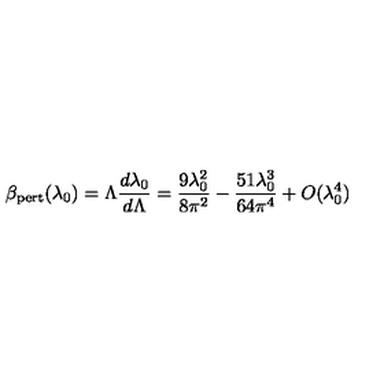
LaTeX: \beta _ { \mathrm { p e r t } } ( \lambda _ { 0 } ) = \Lambda { \frac { d \lambda _ { 0 } } { d \Lambda } } = { \frac { 9 \lambda _ { 0 } ^ { 2 } } { 8 \pi ^ { 2 } } } - { \frac { 5 1 \lambda _ { 0 } ^ { 3 } } { 6 4 \pi ^ { 4 } } } + O ( \lambda _ { 0 } ^ { 4 } )